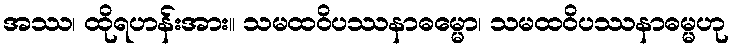
အဿ၊ ထိုရဟန်းအား။ သမထဝိပဿနာဓမ္မော၊ သမထဝိပဿနာဓမ္မဟု